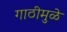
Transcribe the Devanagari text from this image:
गाठीमुळे